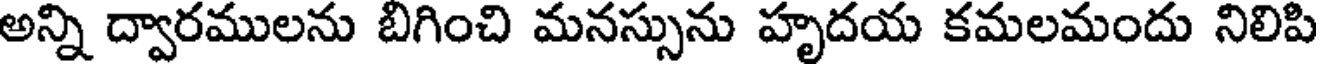
అన్ని ద్వారములను బిగించి మనస్సును హృదయ కమలమందు నిలిపి